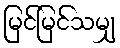
မြင်မြင်သမျှ